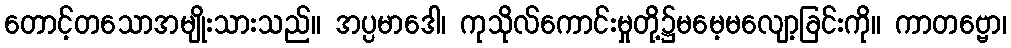
တောင့်တသောအမျိုးသားသည်။ အပ္ပမာဒေါ၊ ကုသိုလ်ကောင်းမှုတို့၌မမေ့မလျော့ခြင်းကို။ ကာတဗ္ဗော၊